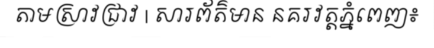
តាមស្រាវជ្រាវ | សារព័ត៌មាន នគរវត្តភ្នំពេញ៖